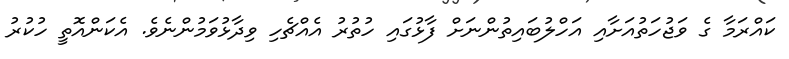
ކައްރަމާ ގެ ވަޖުހަތުއަށާއި އަހްލުބައިތުންނަށް ފާޅުގައި ހުތުރު އެއްޗެހި ވިދާޅުވަމުންނެވެ. އެކަންއޮތީ ހުކުރު